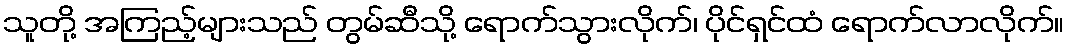
သူတို့ အကြည့်များသည် တွမ်ဆီသို့ ရောက်သွားလိုက်၊ ပိုင်ရှင်ထံ ရောက်လာလိုက်။